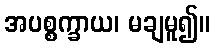
အပစ္စက္ခာယ၊ မချမူ၍။